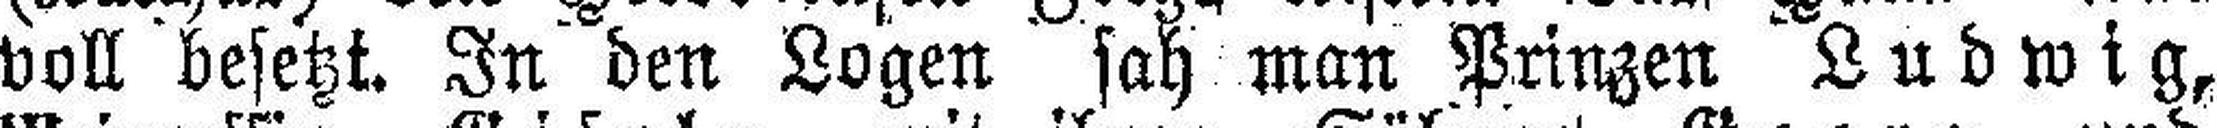
voll besetzt. In den Logen sah man Prinzen Ludwig,